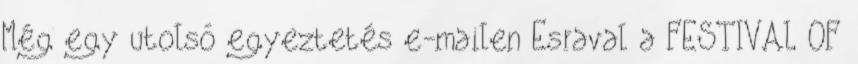
Még egy utolsó egyeztetés e-mailen Esraval a FESTIVAL OF